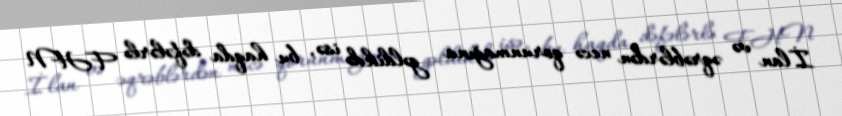
İlan və əqrəblərdən necə qorunmağına gəldikdə isə, bu haqda dəfələrlə FHN